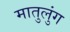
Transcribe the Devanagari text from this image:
मातुलुंग